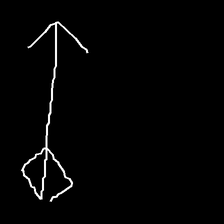
Glyph: focus